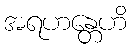
အရဟန္တေဟိ